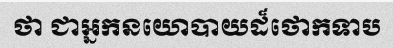
ថា ជាអ្នកនយោបាយដ៏ថោកទាប